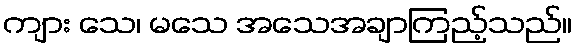
ကျား သေ၊ မသေ အသေအချာကြည့်သည်။